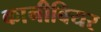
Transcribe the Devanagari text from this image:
कानीबियर